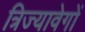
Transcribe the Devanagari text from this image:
त्रिज्यावेगों